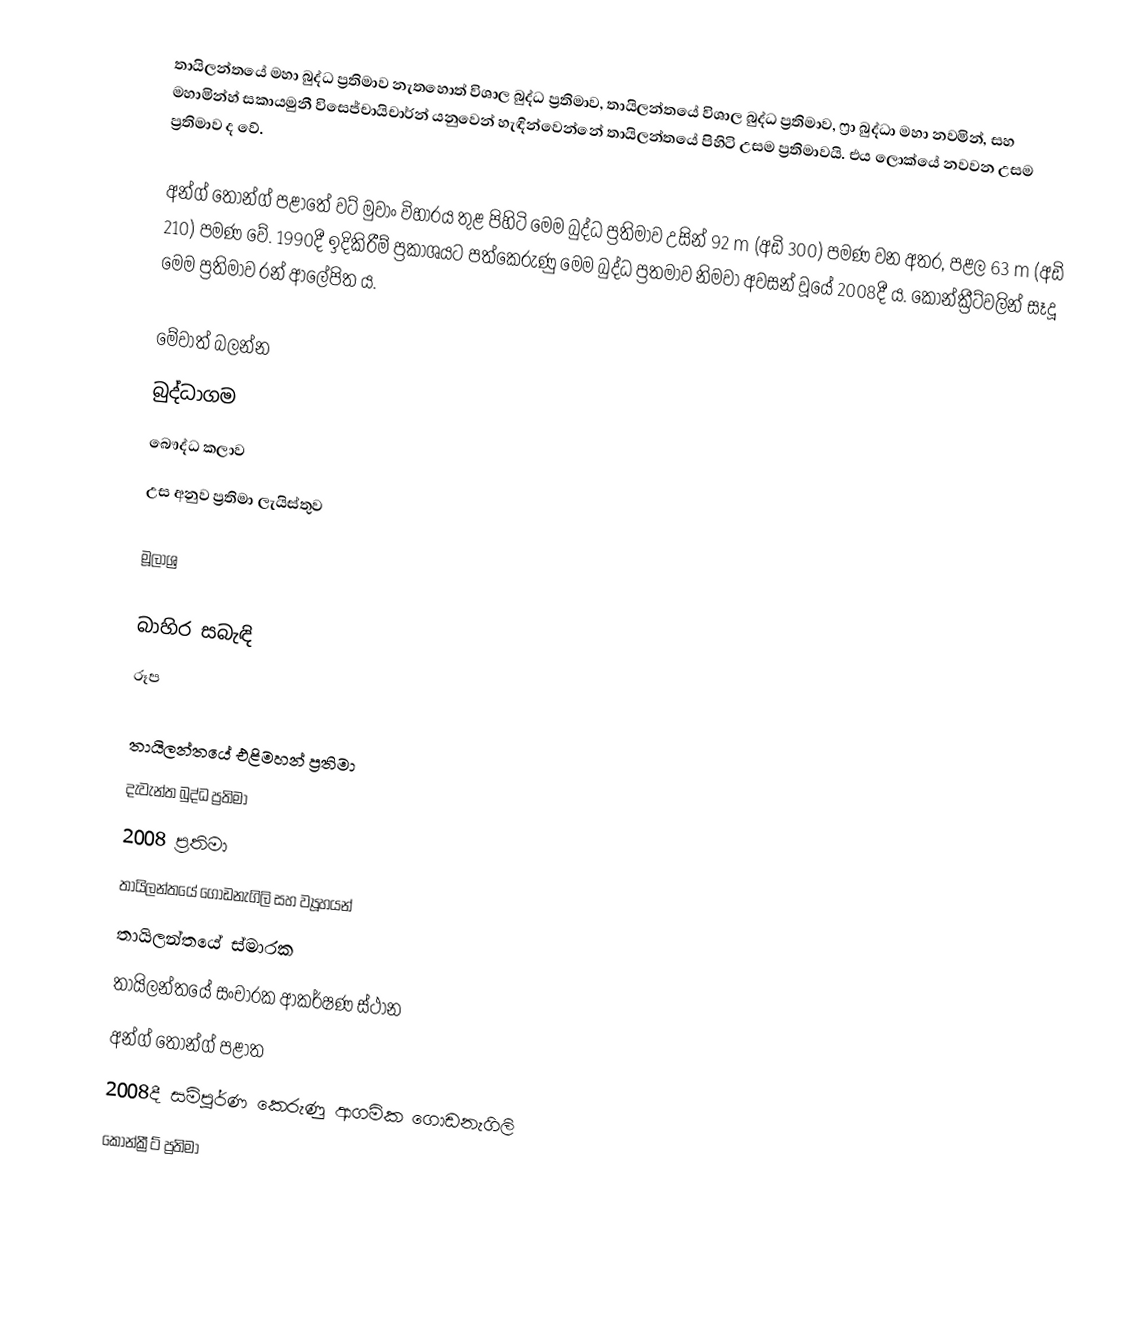
තායිලන්තයේ මහා බුද්ධ ප්‍රතිමාව නැතහොත් විශාල බුද්ධ ප්‍රතිමාව, තායිලන්තයේ විශාල බුද්ධ ප්‍රතිමාව, ෆ්‍රා බුද්ධා මහා නවමින්, සහ මහාමින්හ් සකායමුනී විසෙජ්චායිචාර්න් යනුවෙන් හැඳින්වෙන්නේ තායිලන්තයේ පිහිටි උසම ප්‍රතිමාවයි. එය ලොක්යේ නවවන උසම ප්‍රතිමාව ද වේ.

අන්ග් තොන්ග් පළාතේ වට් මුවාං විහාරය තුළ පිහිටි මෙම බුද්ධ ප්‍රතිමාව උසින් 92 m (අඩි 300) පමණ වන අතර, පළල 63 m (අඩි 210) පමණ වේ. 1990දී ඉදිකිරීම් ප්‍රකාශයට පත්කෙරුණු මෙම බුද්ධ ප්‍රතමාව නිමවා අවසන් වූයේ 2008දී ය. කොන්ක්‍රීට්වලින් සෑදූ මෙම ප්‍රතිමාව රන් ආලේපිත ය.

මේවාත් බලන්න
 බුද්ධාගම
 බෞද්ධ කලාව
 උස අනුව ප්‍රතිමා ලැයිස්තුව

මූලාශ්‍ර

බාහිර සබැඳි
රූප

තායිලන්තයේ එළිමහන් ප්‍රතිමා
දැවැන්ත බුද්ධ ප්‍රතිමා
2008 ප්‍රතිමා
තායිලන්තයේ ගොඩනැගිලි සහ ව්‍යූහයන්
තායිලන්තයේ ස්මාරක
තායිලන්තයේ සංචාරක ආකර්ෂණ ස්ථාන
අන්ග් තොන්ග් පළාත
2008දී සම්පූර්ණ කෙරුණු ආගමික ගොඩනැගිලි
කොන්ක්‍රීට් ප්‍රතිමා